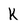
Character: K